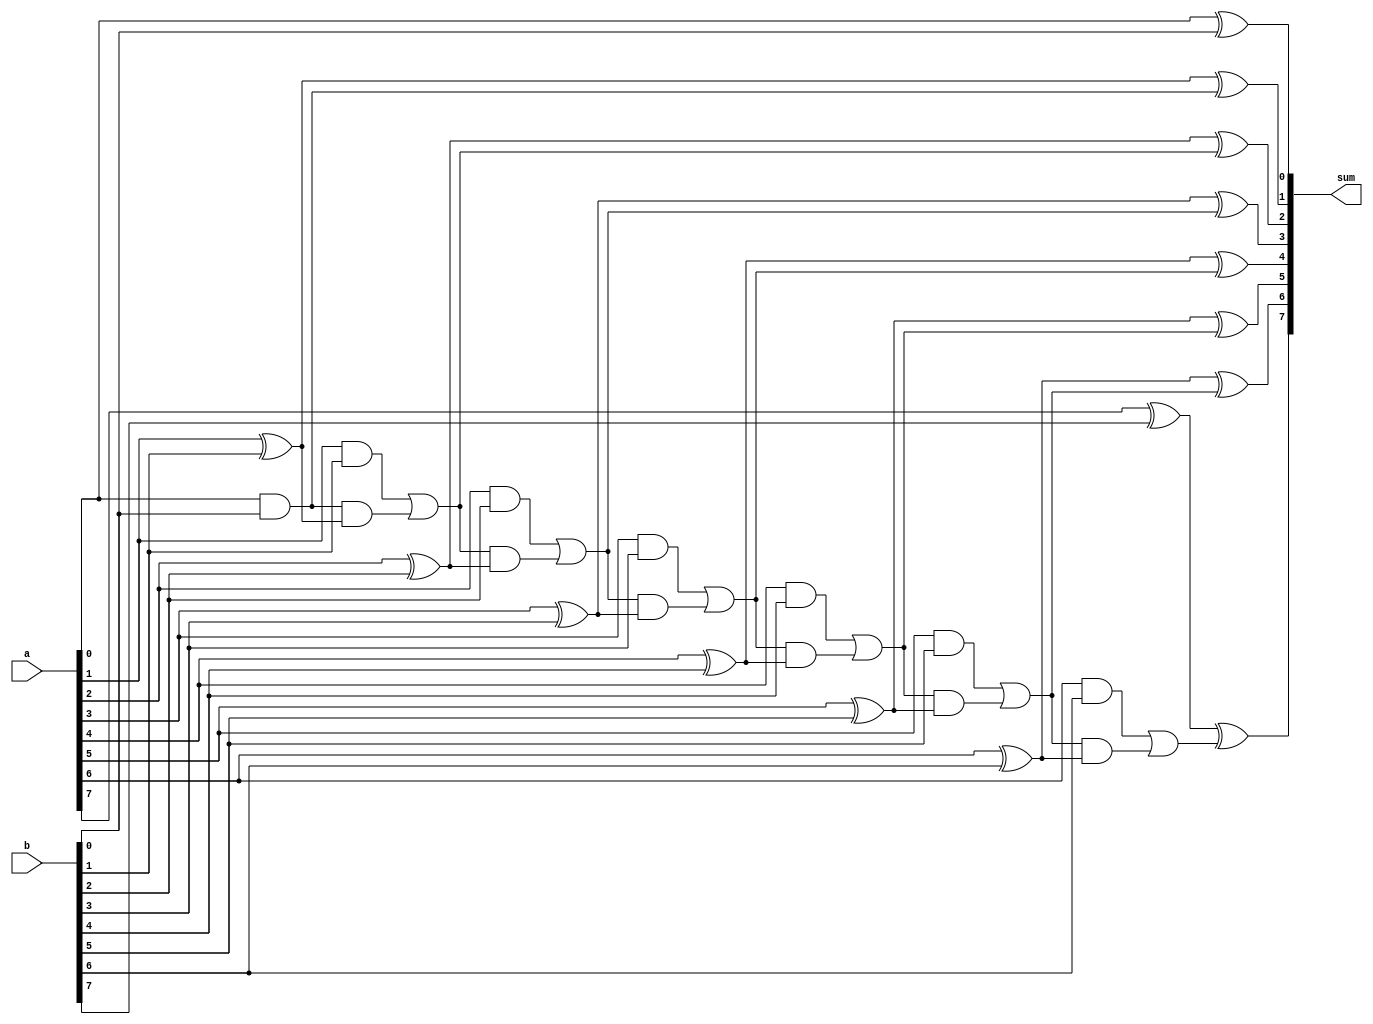
module seq_altera_merlin_arb_adder
#(
    parameter WIDTH = 8
)
(
    input [WIDTH-1:0] a,
    input [WIDTH-1:0] b,

    output [WIDTH-1:0] sum
);

    // ----------------------------------------------
    // Benchmarks indicate that for small widths, the full
    // adder has higher fmax because synthesis can merge
    // it with the mux, allowing partial decisions to be 
    // made early.
    //
    // The magic number is 4 requesters, which means an
    // 8 bit adder.
    // ----------------------------------------------
    genvar i;
    generate if (WIDTH <= 8) begin : full_adder

        wire cout[WIDTH-1:0];

        assign sum[0]  = (a[0] ^ b[0]);
        assign cout[0] = (a[0] & b[0]);

        for (i = 1; i < WIDTH; i = i+1) begin : arb

            assign sum[i] = (a[i] ^ b[i]) ^ cout[i-1];
            assign cout[i] = (a[i] & b[i]) | (cout[i-1] & (a[i] ^ b[i]));

        end

    end else begin : carry_chain

        assign sum = a + b;

    end
    endgenerate

endmodule